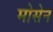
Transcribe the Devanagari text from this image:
मोसेन